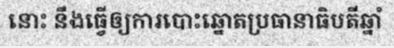
នោះ នឹងធ្វើឲ្យការបោះឆ្នោតប្រធានាធិបតីឆ្នាំ